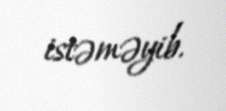
istəməyib.